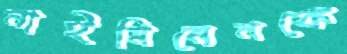
নাইমিনেনকে